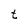
Character: t